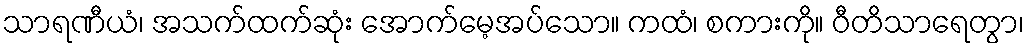
သာရဏီယံ၊ အသက်ထက်ဆုံး အောက်မေ့အပ်သော။ ကထံ၊ စကားကို။ ဝီတိသာရေတွာ၊